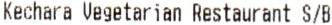
KECHARA VEGETARIAN RESTAURANT S/B